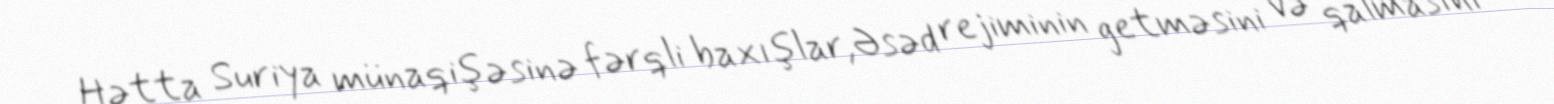
Hətta Suriya münaqişəsinə fərqli baxışlar,Əsəd rejiminin getməsini və qalmasını